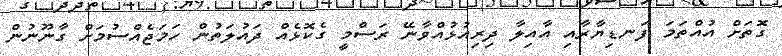
ގޮތަށް އުއްތަމަ ފަނޑިޔާރާއި އާއިލާ ދިރިއުޅުއްވާނޭ ރަސްމީ ގެކޮޅެއް ދައުލަތުން ހަމަޖެއްސުމަށް ގާނޫނުން